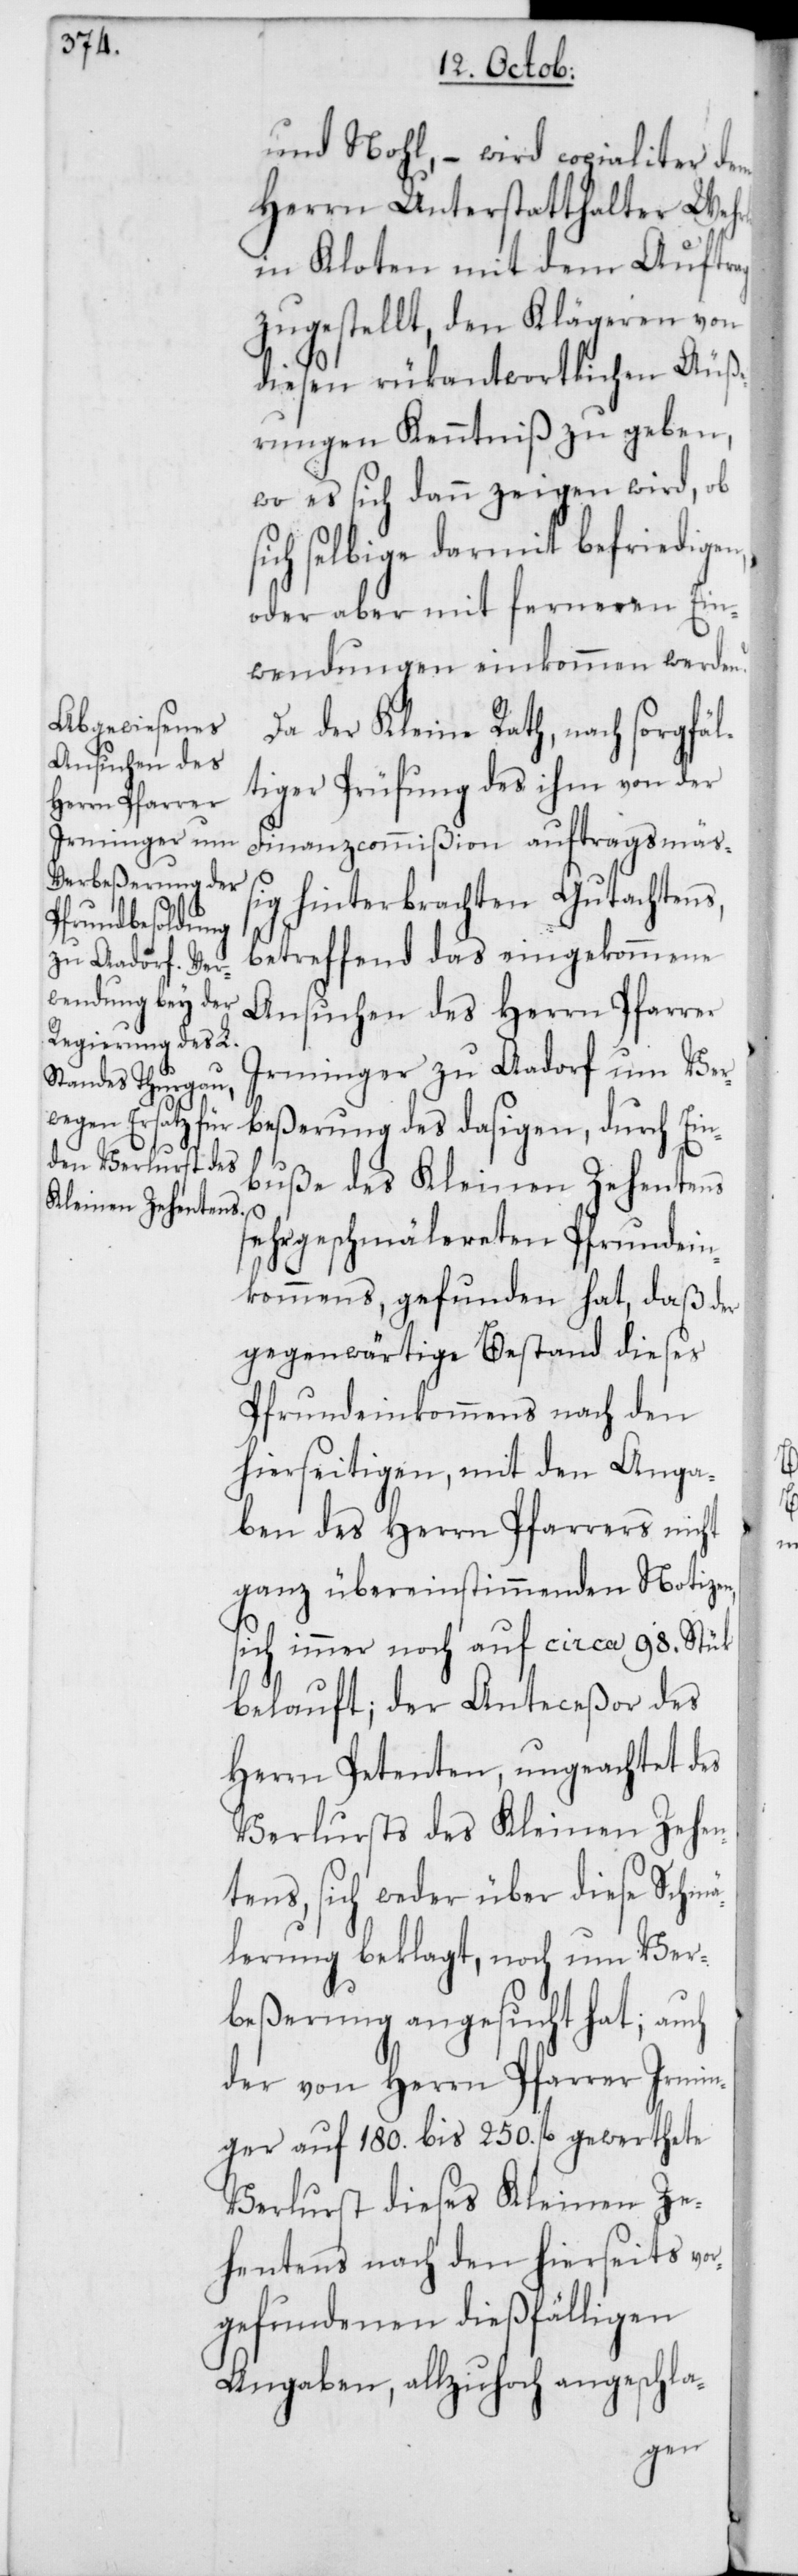
und Nohl, – wird copialiter dem
Herrn Unterstatthalter Wehrli
in Kloten mit dem Auftrag
zugestellt, den Klägeren von
diesen rükantwortlichen Äuße¬
rungen Kenntniß zu geben,
wo es sich dann zeigen wird, ob
sich selbige darmit befriedigen,
oder aber mit ferneren Ein¬
wendungen einkommen werden?
Da der Kleine Rath, nach sorgfä¬
ltiger Prüfung des ihm von der
Finanzcommißion auftragsmäß¬
ig hinterbrachten Gutachtens,
betreffend das eingekommene
Ansuchen des Herrn Pfarrer
Irminger zu Aadorf um Ver¬
beßerung des dasigen, durch Ein¬
buße des Kleinen Zehentens
sehr geschmälereten Pfrundein¬
kommens, gefunden hat, daß der
gegenwärtige Bestand dieses
Pfrundeinkommens nach den
hierseitigen, mit den Anga¬
ben des Herrn Pfarrers nicht
ganz übereinstimmenden Notizen,
sich immer noch auf circa 98. Stük
belauft, der Anteceßor des
Herrn Petenten, ungeachtet des
Verlusts des Kleinen Zehen¬
tens, sich weder über diese Schmä¬
lerung beklagt, noch um Ver¬
beßerung angesucht hat; auch
der von Herrn Pfarrer Irmin¬
ger auf 180. bis 250. fl. gewerthete
Verlust dieses Kleinen Ze¬
hentens nach den hierseits vo¬
rgefundenen dießfälligen
Angaben, allzuhoch angeschla-